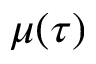
\mu ( \tau )